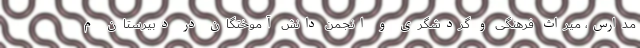
مدارس، میراث فرهنگی و گردشگری و انجمن دانش آموختگان در دبیرستان م